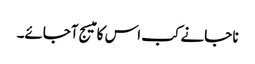
نا جانے کب اس کا میسج آجائے۔